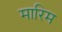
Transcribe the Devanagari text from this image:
मारिम